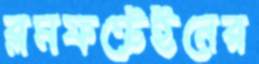
ব্লমফন্টেইনের